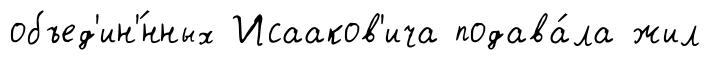
объед'ин'́нных Исааков'ича подава́ла жил